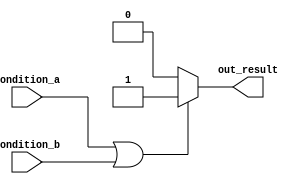
module if_else_statement (
    input wire condition_a,
    input wire condition_b,
    output reg out_result
);

always @(*)
begin
    if (condition_a || condition_b) begin
        // Code block to be executed if condition_a or condition_b is true
        out_result <= 1'b1;
    end
    else begin
        // Code block to be executed if both condition_a and condition_b are false
        out_result <= 1'b0;
    end
end

endmodule